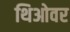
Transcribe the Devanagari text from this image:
थिओवर